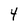
Character: 4